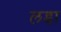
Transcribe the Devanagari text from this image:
लडा़